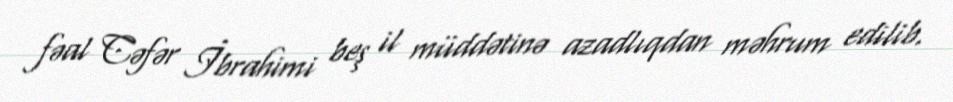
fəal Cəfər İbrahimi beş il müddətinə azadlıqdan məhrum edilib.